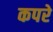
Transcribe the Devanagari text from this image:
कपरे